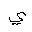
Letter: _ya